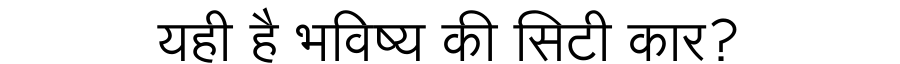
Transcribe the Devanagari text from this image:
यही है भविष्य की सिटी कार?